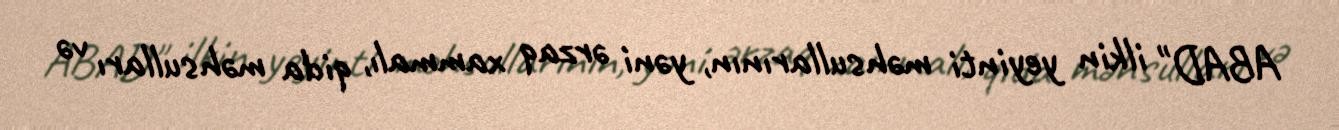
ABAD" ilkin yeyinti məhsullarının, yəni ərzaq xammalı, qida məhsulları və